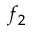
f _ { 2 }